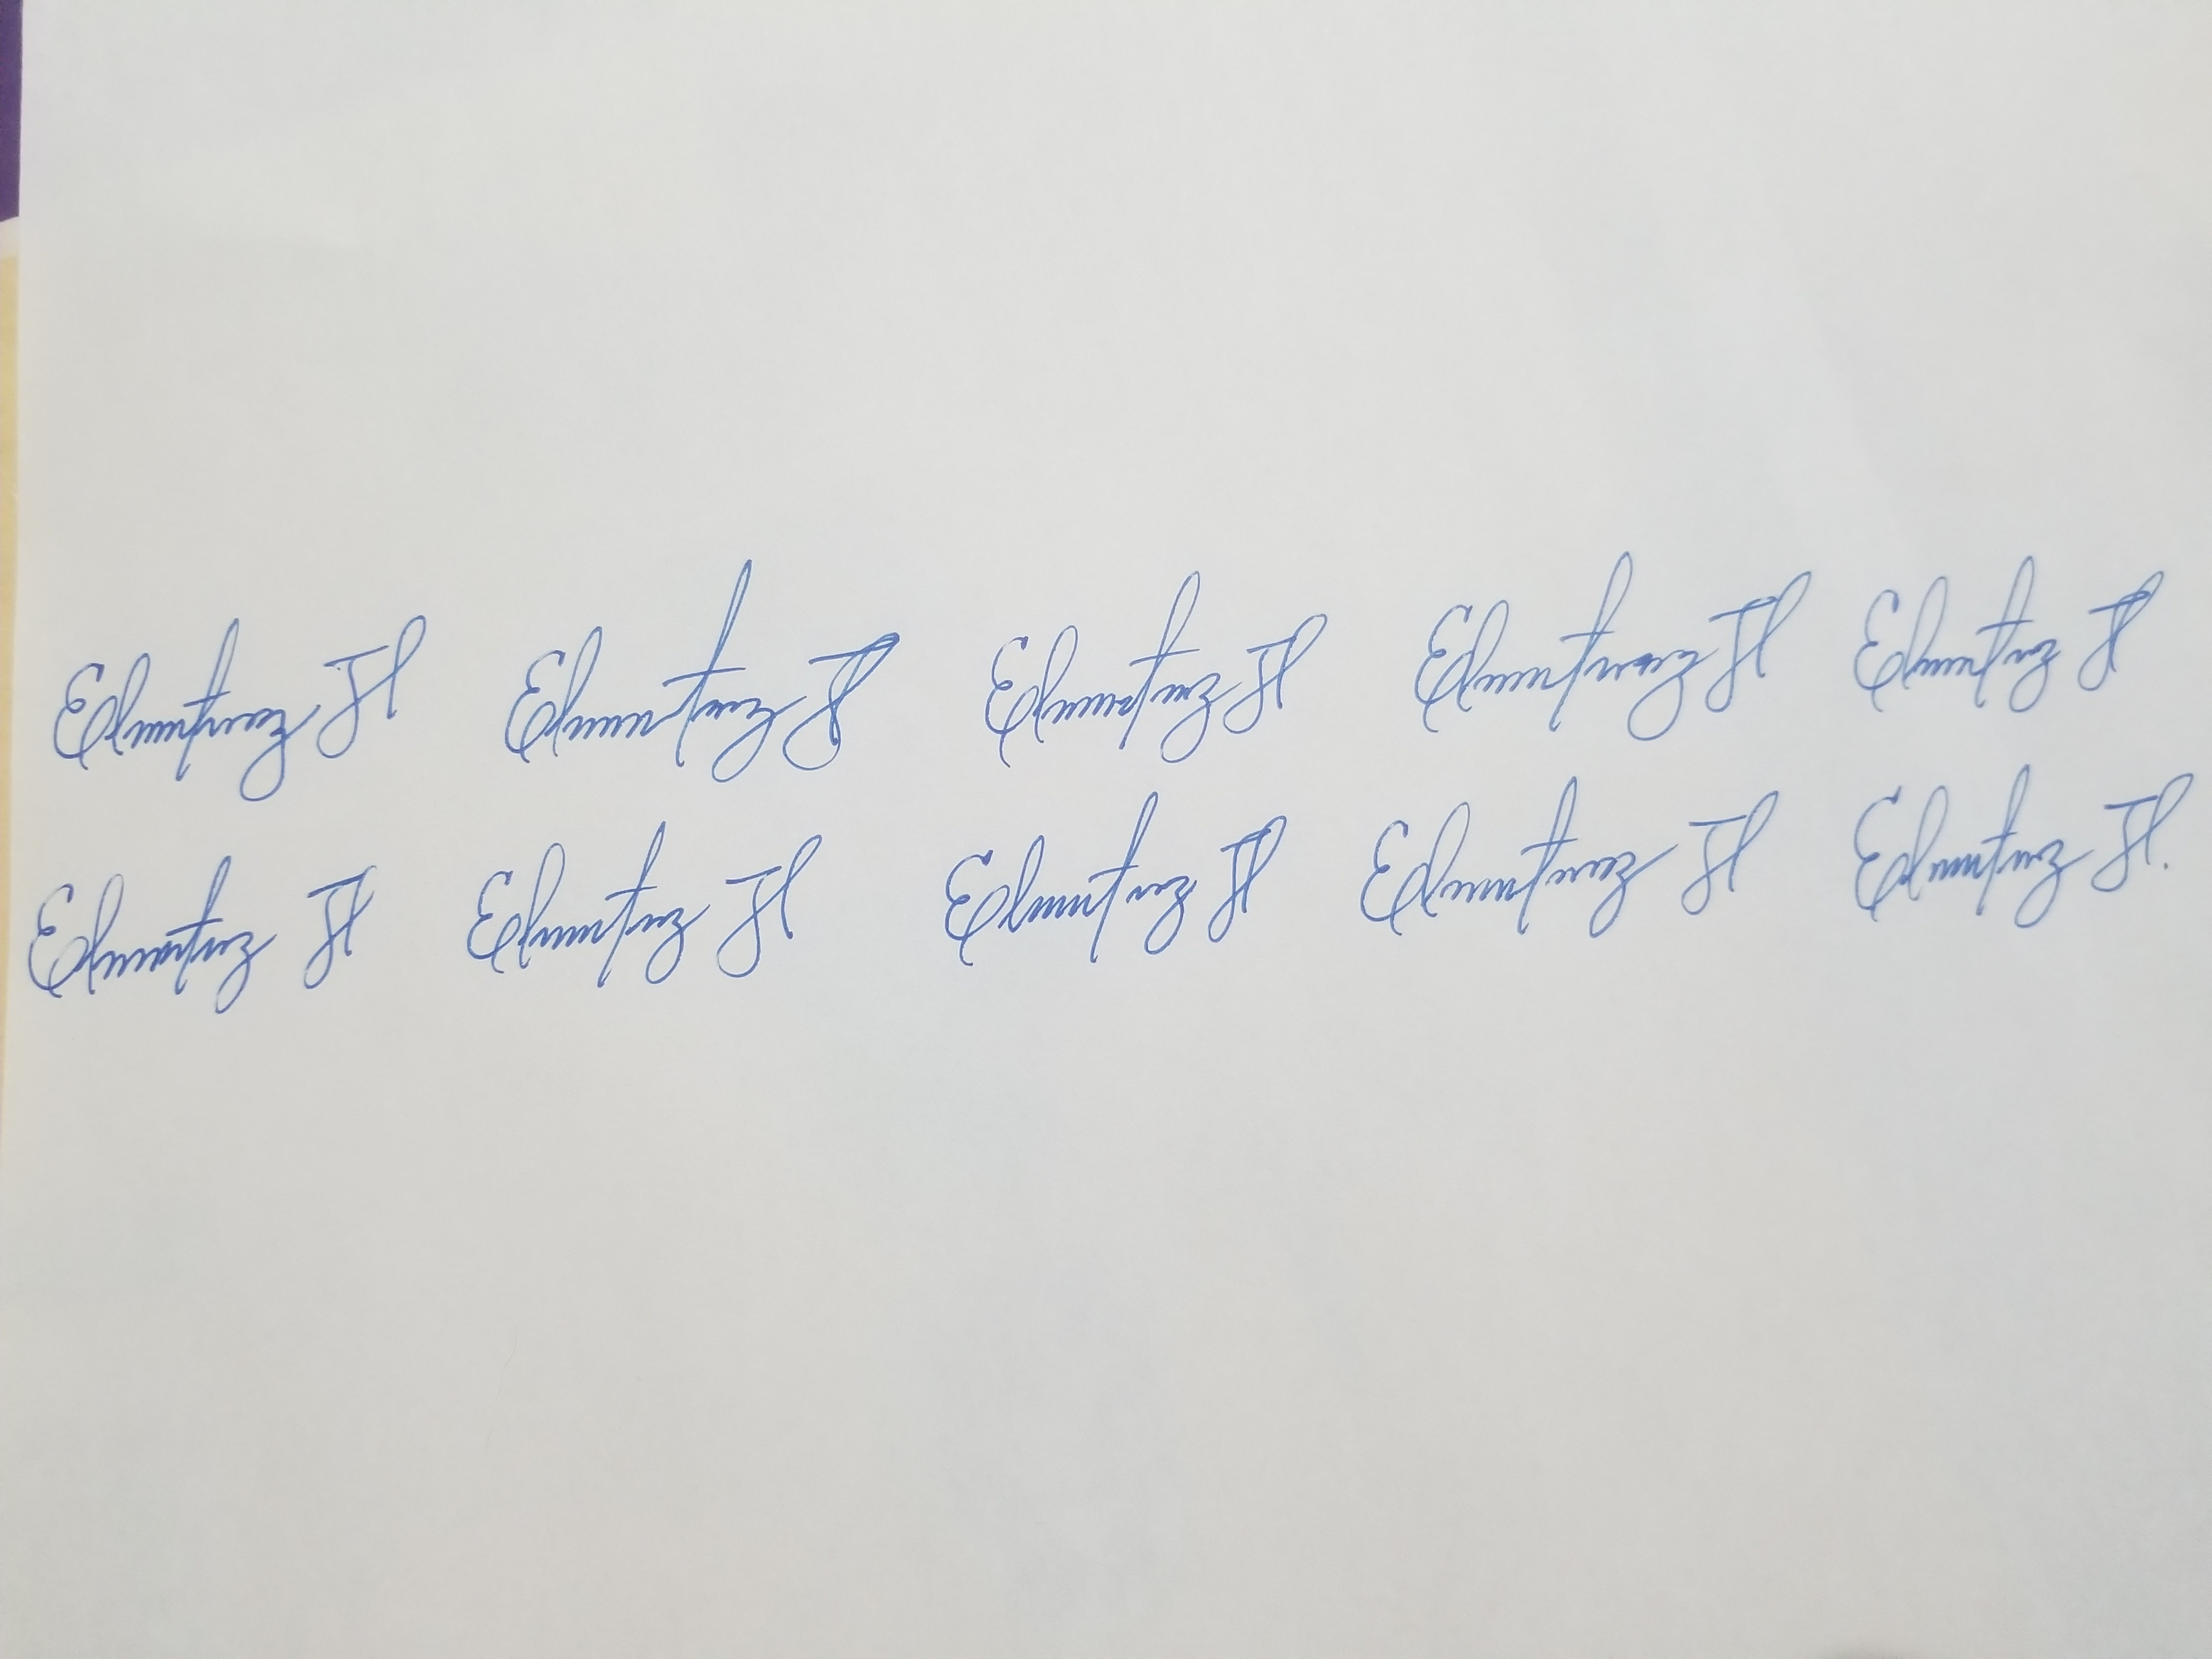
Signature authenticity: genuine